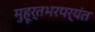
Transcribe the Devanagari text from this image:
मुहूर्तभरपर्यंत